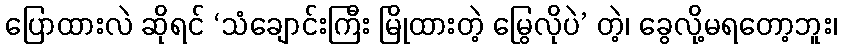
ပြောထားလဲ ဆိုရင် ‘သံချောင်းကြီး မြိုထားတဲ့ မြွေလိုပဲ’ တဲ့၊ ခွေလို့မရတော့ဘူး၊